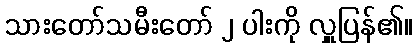
သားတော်သမီးတော် ၂ ပါးကို လှူပြန်၏။